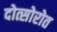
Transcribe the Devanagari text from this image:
दोत्सोरोत